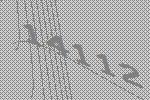
14112